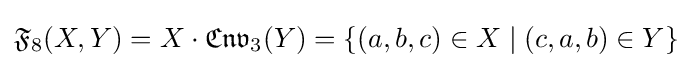
{\mathfrak {F}}_{8}(X,Y)=X\cdot {\mathfrak {Cnv}}_{3}(Y)=\{(a,b,c)\in X\mid (c,a,b)\in Y\}